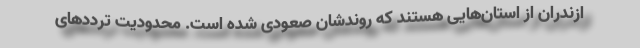
ازندران از استان‌هایی هستند که روندشان صعودی شده است. محدودیت ترددهای